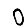
Digit: 0